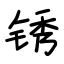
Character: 锈